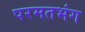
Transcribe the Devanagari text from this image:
परमतभंग